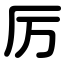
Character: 厉